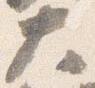
大